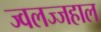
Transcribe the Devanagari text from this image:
ज्वलज्जहाल